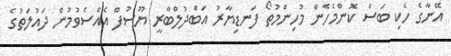
އޭނާގެ ހެކި ބަސް ކޮންމެހެން މުހިންމުތޯ ފަނޑިޔާރު އަބްދުލްބާރީ ޔޫސުފް އެއްސެވުމުން ދައުލަތުގެ